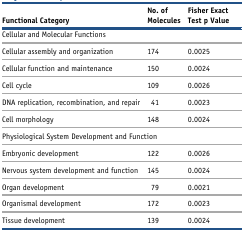
| Functional Category | No. of Molecules | Fisher Exact Test p Value |
 | --- | --- | --- |
 | <COLSPAN=3> Cellular and Molecular Functions |
 | Cellular assembly and organization | 174 | 0.0025 |
 | Cellular function and maintenance | 150 | 0.0024 |
 | Cell cycle | 109 | 0.0026 |
 | DNA replication, recombination, and repair | 41 | 0.0023 |
 | Cell morphology | 148 | 0.0024 |
 | <COLSPAN=3> Physiological System Development and Function |
 | Embryonic development | 122 | 0.0026 |
 | Nervous system development and function | 145 | 0.0024 |
 | Organ development | 79 | 0.0021 |
 | Organismal development | 172 | 0.0023 |
 | Tissue development | 139 | 0.0024 |